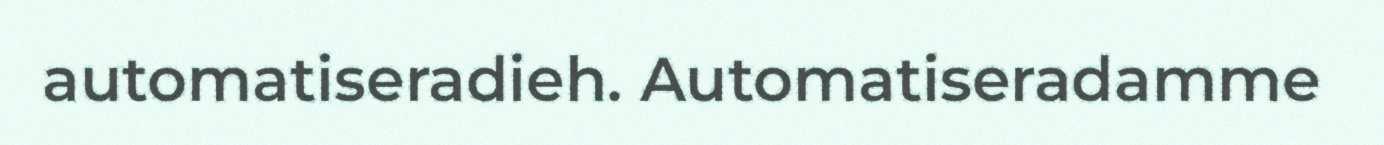
automatiseradieh. Automatiseradamme